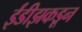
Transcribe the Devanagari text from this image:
ईंडीझकडून